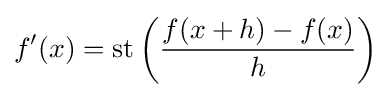
f'(x)=\operatorname {st} \left({\frac {f(x+h)-f(x)}{h}}\right)